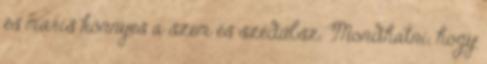
és máris könnyes a szem és szédülsz. Mondhatni, hogy